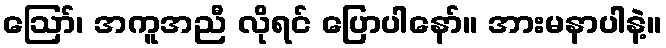
ဪ၊ အကူအညီ လိုရင် ပြောပါနော်။ အားမနာပါနဲ့။